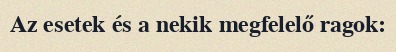
Az esetek és a nekik megfelelő ragok: